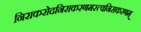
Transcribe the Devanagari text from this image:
निराकरोदनिराकरणमस्त्वनिराकरणम्